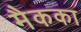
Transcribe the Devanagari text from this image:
मैकका